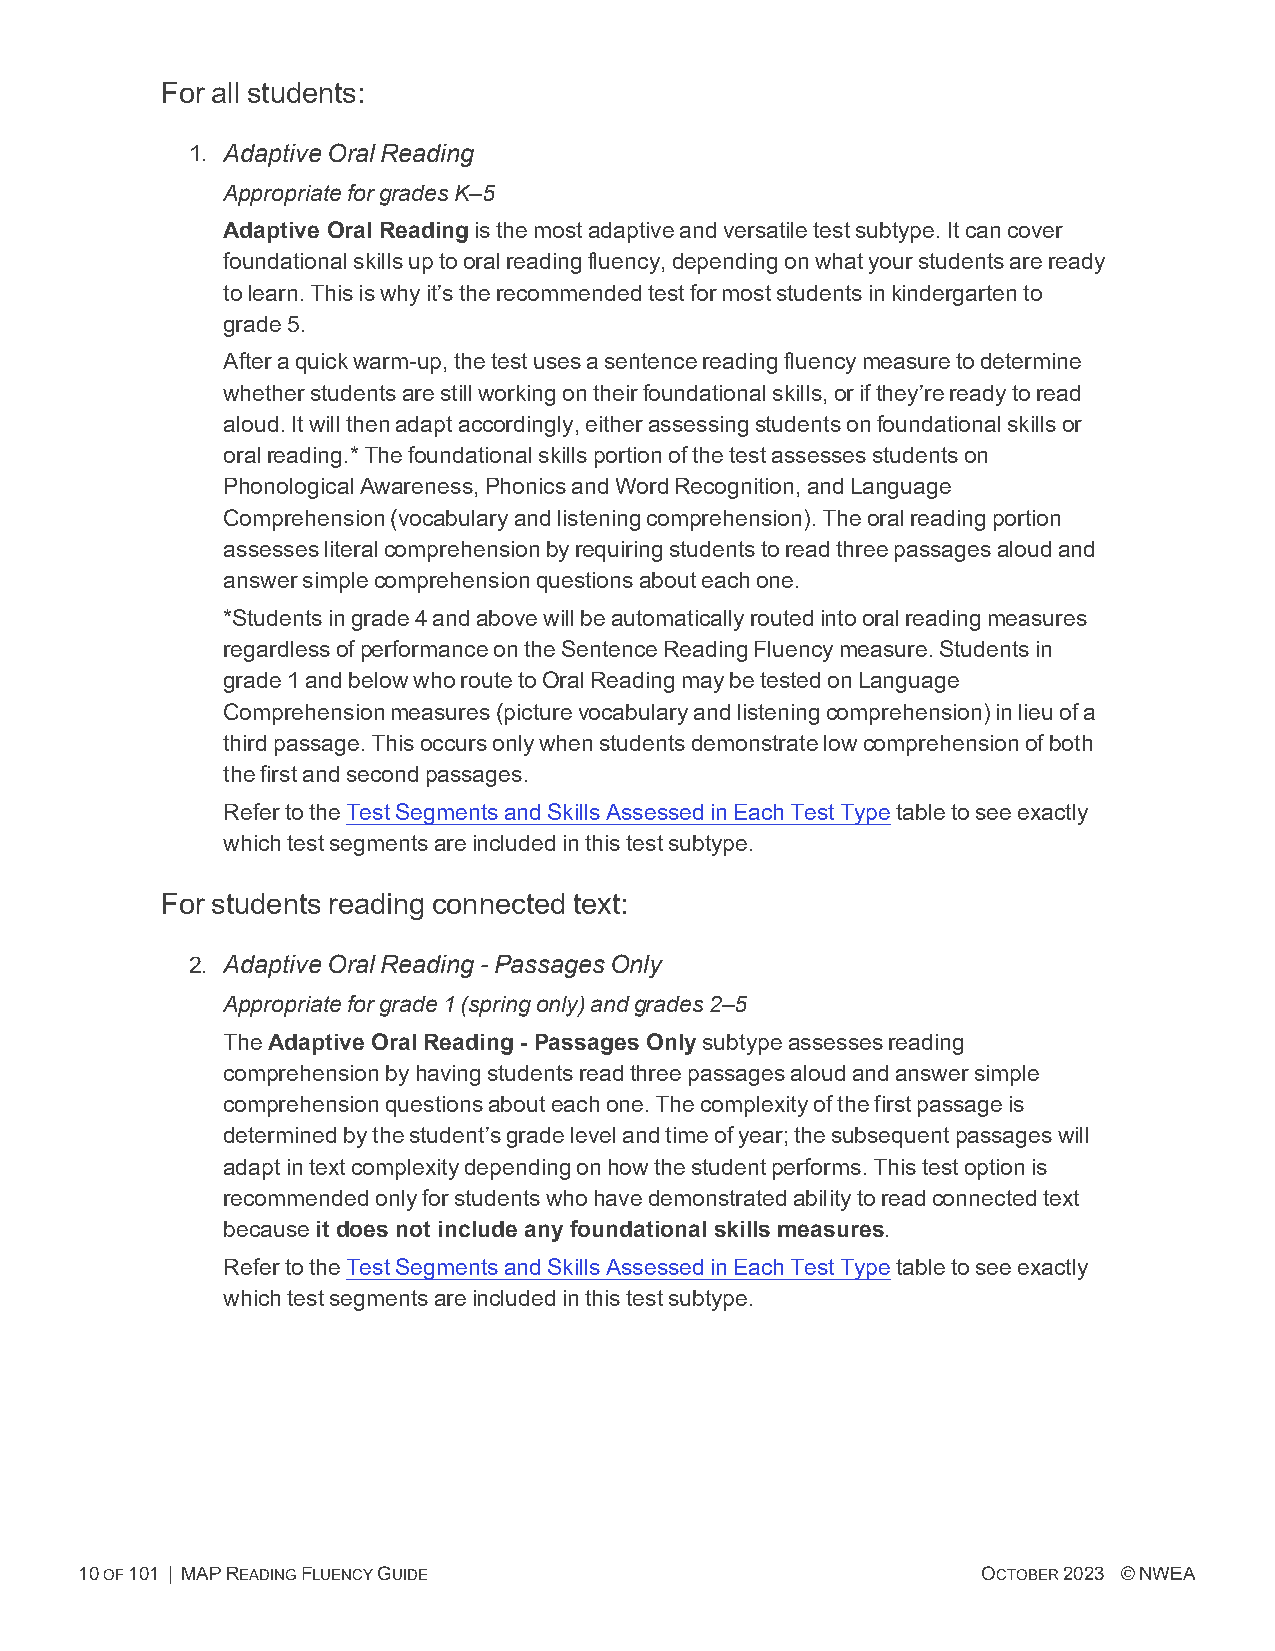
For all students:
 1. AdaptiveOralReading
 AppropriateforgradesK–5
 Adaptive Oral Readingisthemostadaptiveandversatiletestsubtype.Itcancover
 foundationalskillsuptooralreadingfluency,dependingonwhatyourstudentsareready
 tolearn.Thisiswhyit’stherecommendedtestformoststudentsinkindergartento
 grade5.
 Afteraquickwarm-up,thetestusesasentencereadingfluencymeasuretodetermine
 whetherstudentsarestillworkingontheirfoundationalskills,orifthey’rereadytoread
 aloud.Itwillthenadaptaccordingly,eitherassessingstudentsonfoundationalskillsor
 oralreading.*Thefoundationalskillsportionofthetestassessesstudentson
 PhonologicalAwareness,PhonicsandWordRecognition,andLanguage
 Comprehension(vocabularyandlisteningcomprehension).Theoralreadingportion
 assessesliteralcomprehensionbyrequiringstudentstoreadthreepassagesaloudand
 answersimplecomprehensionquestionsabouteachone.
 *Studentsingrade4andabovewillbeautomaticallyroutedintooralreadingmeasures
 regardlessofperformanceontheSentenceReadingFluencymeasure.Studentsin
 grade1andbelowwhoroutetoOralReadingmaybetestedonLanguage
 Comprehensionmeasures(picturevocabularyandlisteningcomprehension)inlieuofa
 thirdpassage.Thisoccursonlywhenstudentsdemonstratelowcomprehensionofboth
 thefirstandsecondpassages.
 RefertotheTestSegmentsandSkillsAssessedinEachTestTypetabletoseeexactly
 whichtestsegmentsareincludedinthistestsubtype.
 For students reading connected text:
 2. AdaptiveOralReading-PassagesOnly
 Appropriateforgrade1(springonly)andgrades2–5
 TheAdaptive Oral Reading - Passages Onlysubtypeassessesreading
 comprehensionbyhavingstudentsreadthreepassagesaloudandanswersimple
 comprehensionquestionsabouteachone.Thecomplexityofthefirstpassageis
 determinedbythestudent’sgradelevelandtimeofyear;thesubsequentpassageswill
 adaptintextcomplexitydependingonhowthestudentperforms.Thistestoptionis
 recommendedonlyforstudentswhohavedemonstratedabilitytoreadconnectedtext
 becauseit does not include any foundational skills measures.
 RefertotheTestSegmentsandSkillsAssessedinEachTestTypetabletoseeexactly
 whichtestsegmentsareincludedinthistestsubtype.
 10OF101 | MAPREADINGFLUENCYGUIDE                            OCTOBER2023 ©NWEA